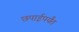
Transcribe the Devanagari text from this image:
छपाईपर्यंत